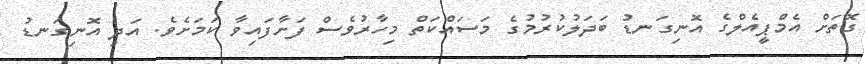
ގޮތަށް އެމްޕީއެލްގެ އޮނިގަނޑު ބަދަލުކުރުމުގެ މަަސައްކަތް މިހާރުވެސް ފަށާފައިވާ ކަމަށެވެ. އަދި އޮނިގަނޑު